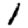
Digit: 1